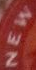
NEW